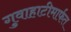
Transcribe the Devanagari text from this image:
गुवाहाटीमार्फत